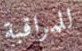
للمراقبة